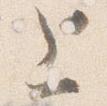
上